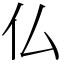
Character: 仏